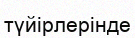
түйірлерінде